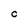
Character: C